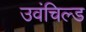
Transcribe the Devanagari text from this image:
उवंचिल्ड